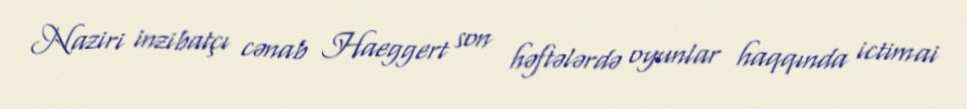
Naziri inzibatçı cənab Haeggert son həftələrdə oyunlar haqqında ictimai